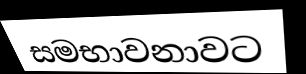
සමභාවනාවට